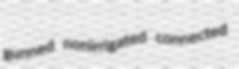
gunned nonirrigated connected